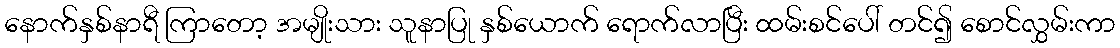
နောက်နှစ်နာရီ ကြာတော့ အမျိုးသား သူနာပြု နှစ်ယောက် ရောက်လာပြီး ထမ်းစင်ပေါ် တင်၍ စောင်လွှမ်းကာ